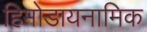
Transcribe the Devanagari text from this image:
हिमोडायनामिक